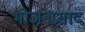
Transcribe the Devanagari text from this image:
भोजनप्रसाद